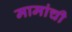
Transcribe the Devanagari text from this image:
मामांची